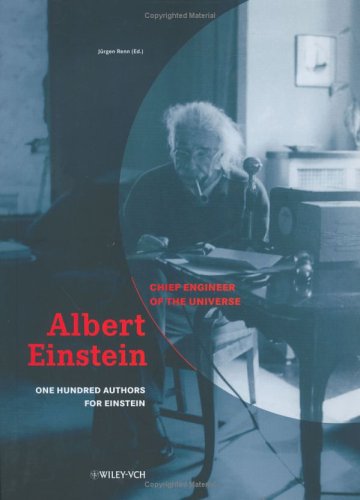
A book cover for Albert Einstein - Chief Engineer of the Universe: One Hundred Authors for Einstein; Science & Math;